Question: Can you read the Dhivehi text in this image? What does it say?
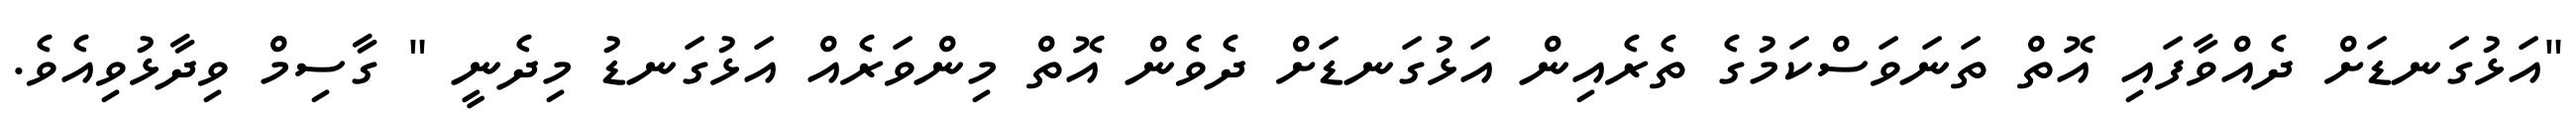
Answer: "އަޅުގަނޑަށް ދެއްވާފައި އޮތް ތަނަވަސްކަމުގެ ތެރެއިން އަޅުގަނޑަށް ދެވެން އޮތް މިންވަރެއް އަޅުގަނޑު މިދެނީ " ގާސިމް ވިދާޅުވިއެވެ.